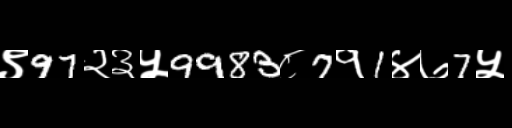
Text: ९97२३५9983८7१1४७7५